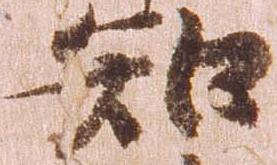
知